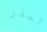
احذر